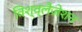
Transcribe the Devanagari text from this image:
विश्व्लैज़ेशन